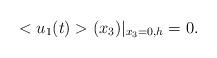
LaTeX: \begin{align*}<u_1(t)>(x_3)|_{x_3=0,h}=0.\end{align*}